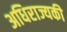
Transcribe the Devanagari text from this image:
अधिराज्यकी